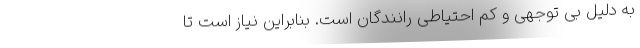
به دلیل بی توجهی و کم احتیاطی رانندگان است. بنابراین نیاز است تا